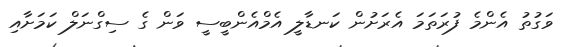
ވަގުތު އެންމެ ފުރަތަމަ އެރަށުން ކަނޑާލީ އެމްއެންބީސީ ވަން ގެ ސިގްނަލް ކަމަށާއި